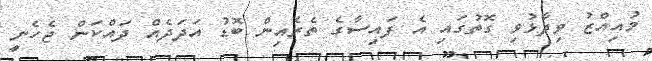
މުއިއްޒު ވިދާޅުވި ގޮތުގައި އެ ފައިސާގެ ތެރެއިން ބޮޑު އަދަދެއް ދައްކަން ޖެހެނީ